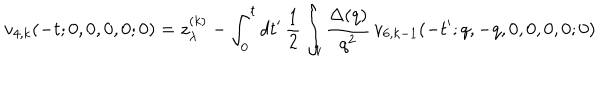
v _ { 4 , k } ( - t ; 0 , 0 , 0 , 0 ; 0 ) = z _ { \lambda } ^ { ( k ) } - \int _ { 0 } ^ { t } d t ^ { \prime } \, \frac { 1 } { 2 } \int _ { q } \frac { \Delta ( q ) } { q ^ { 2 } } \, v _ { 6 , k - 1 } ( - t ^ { \prime } ; q , - q , 0 , 0 , 0 , 0 ; 0 )